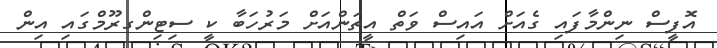
އޮފީސް ނިންމާފައި ގެއަށް އައިސް ވަތް އީތަންއަށް މަރުހަބާ ކީ ސިޓިންގރޫމްގައި އިން